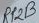
Text: RP2B